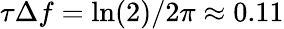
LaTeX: \tau\Delta f=\ln(2)/2\pi\approx 0.11